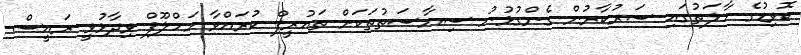
ކޮވިޑުގެ ހާލަތުގައި ސަރުކާރުން ގެންގުޅުނު ސިޔާސަތުތަކަށް ތައުރީފް ކުރައްވާ މަހްލޫފް ވިދާޅުވީ ރައީސް